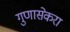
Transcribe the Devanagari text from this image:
गुणासेकरा